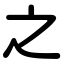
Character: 之